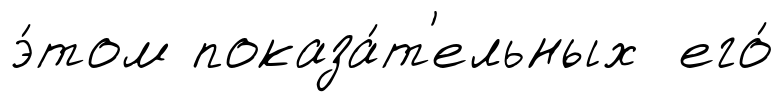
э́том показа́т'ельных его́